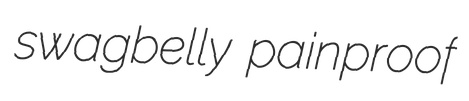
swagbelly painproof